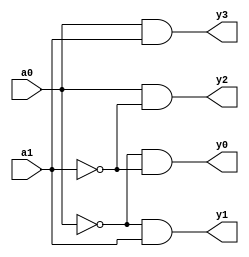

module decoder_dataflow(a0,a1,y0,y1,y2,y3 );
input a0,a1;
output y0,y1,y2,y3;
assign y0=((!a0)&(!a1));
assign y1=((!a0)&(a1));
assign y2=((a0)&(!a1));
assign y3=((a0)&(a1));
endmodule